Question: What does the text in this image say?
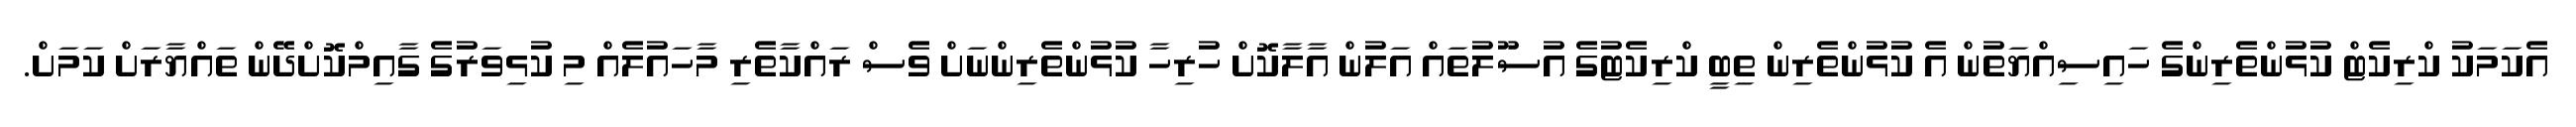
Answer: އެކަމަކު ކްރިކެޓް ކުޅުންތެރިންގެ ހައިސިއްޔަތުން އެ ކުޅުންތެރިން ތިބީ ކްރިކެޓުގެ އުސޫލުތައް އަލުން އާލާކޮށް ހުރިހާ ކުޅުންތެރިންނަށް ވެސް ރައްކާތެރި މާހައުލެއް މި ކުޅިވަރުގެ ގާއިމްކޮށްދޭން ތައްޔާރަށް ކަމަށް.